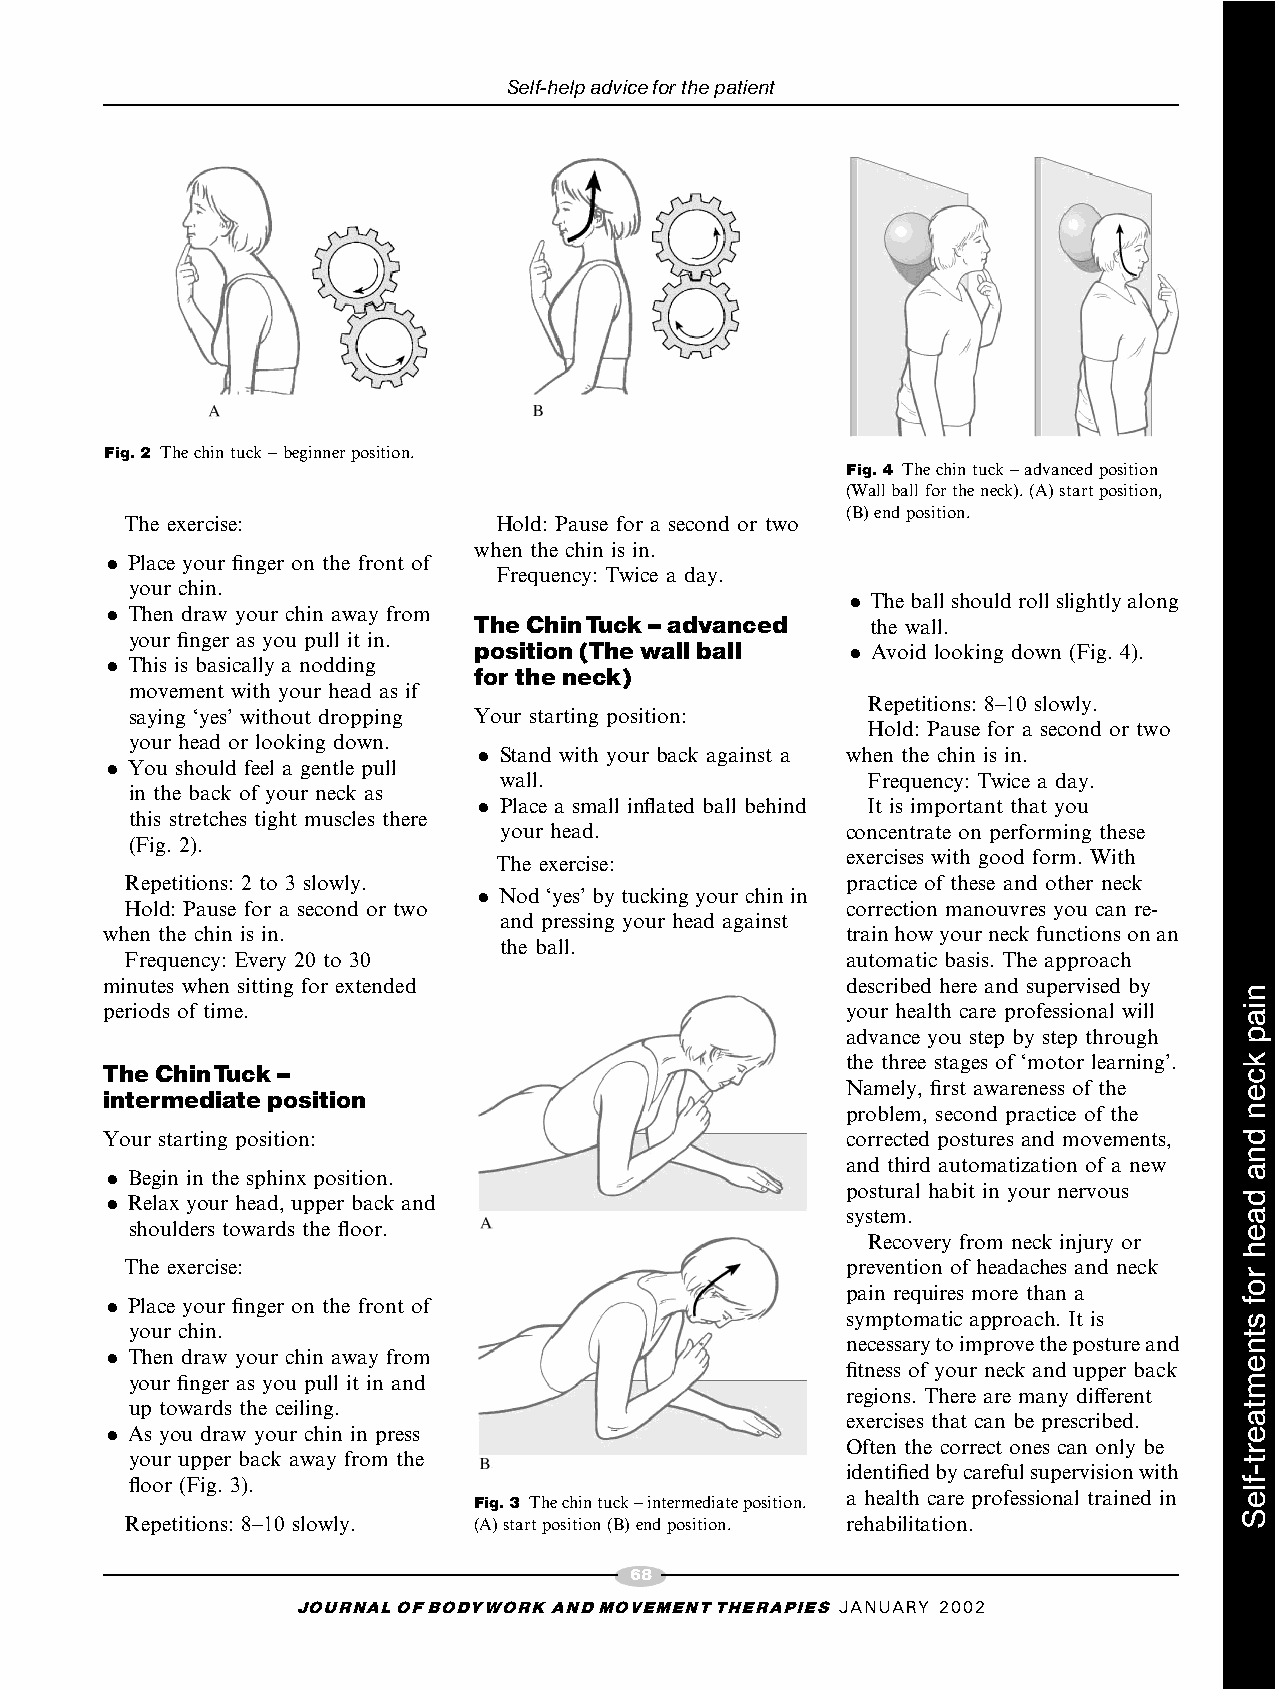
Self-helpadviceforthepatient
 Fig.2 Thechintuck–beginnerposition.
 Fig.4 Thechintuck–advancedposition
 (Wallballfortheneck).(A)startposition,
 (B)endposition.
 The exercise:            Hold: Pause for a second or two
 when the chin is in.
 . Place your finger on the front of
 Frequency: Twice a day.
 your chin.
 . Theballshouldrollslightlyalong
 . Then draw your chin away from
 TheChinTuck^advanced       the wall.
 your finger as you pull it in.
 position(Thewall ball    . Avoid looking down (Fig. 4).
 . This is basically a nodding
 for theneck)
 movement with your head as if
 Repetitions: 8–10 slowly.
 saying ‘yes’ without dropping Your starting position:
 Hold: Pause for a second or two
 your head or looking down.
 . Stand with your back against a when the chin is in.
 . You should feel a gentle pull
 wall.                   Frequency: Twice a day.
 in the back of your neck as
 . Place a small inflated ball behind It is important that you
 this stretches tight muscles there
 your head.             concentrate on performing these
 (Fig. 2).
 The exercise:          exercises with good form. With
 Repetitions: 2 to 3 slowly.                     practice of these and other neck
 . Nod ‘yes’ by tucking your chin in
 Hold: Pause for a second or two                 correction manouvres you can re-
 and pressing your head against
 when the chin is in.                             trainhowyourneckfunctionsonan
 the ball.
 Frequency: Every 20 to 30                       automatic basis. The approach
 minutes when sitting for extended                described here and supervised by
 periods of time.                                 your health care professional will
 advance you step by step through
 the three stages of ‘motor learning’.
 TheChinTuck^
 Namely, first awareness of the
 intermediate position
 problem, second practice of the
 Your starting position:                          corrected postures and movements,
 and third automatization of a new
 . Begin in the sphinx position.
 postural habit in your nervous
 . Relax your head, upper back and
 system.
 shoulders towards the floor.
 Recovery from neck injury or
 The exercise:                                   prevention of headaches and neck
 pain requires more than a
 . Place your finger on the front of
 symptomatic approach. It is
 your chin.
 necessarytoimprovethepostureand
 . Then draw your chin away from
 fitness of your neck and upper back
 your finger as you pull it in and
 regions. There are many different
 up towards the ceiling.
 exercises that can be prescribed.
 . As you draw your chin in press
 Often the correct ones can only be
 your upper back away from the
 identifiedbycarefulsupervisionwith
 floor (Fig. 3).
 a health care professional trained in
 Fig.3 Thechintuck–intermediateposition.
 Repetitions: 8–10 slowly. (A)startposition(B)endposition. rehabilitation.
 68
 JOURNALOFBODYWORKANDMOVEMENTTHERAPIES JANUARY 2002
 niap
 kcen
 dna
 daeh
 rof
 stnemtaert-fleS